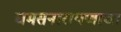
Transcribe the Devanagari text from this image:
चमसनारायणाचा